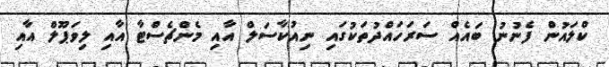
ކްލައުން ފެނުނު ބައެއް ސަރަހައްދުތަކުގައި ނިއުކާސަލް އާއި މެންޗެސްޓާ އާއި ލިވަޕޫލް އާއި